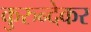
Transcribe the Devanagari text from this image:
कुरुन्देकर